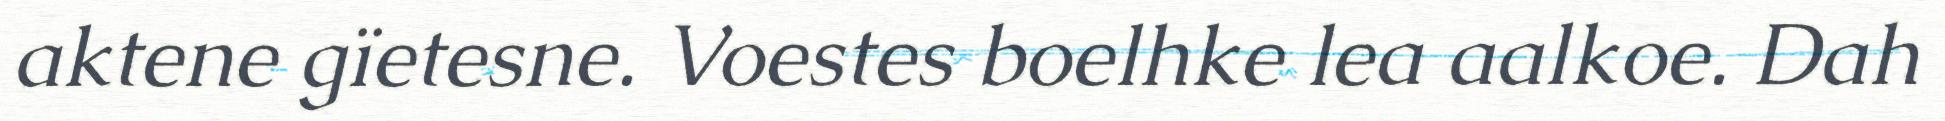
aktene gïetesne. Voestes boelhke lea aalkoe. Dah